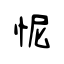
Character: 怩